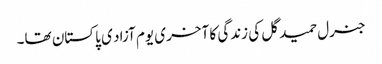
جنرل حمید گل کی زندگی کا آخری یوم آزاد ی پاکستان تھا۔